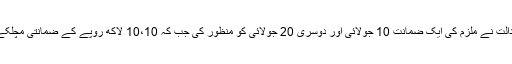
انسداد دہشت گردی کی عدالت نے ملزم کی ایک ضمانت 10 جولائی اور دوسری 20 جولائی کو منظور کی جب کہ 10،10 لاکھ روپے کے ضمانتی مچلکے جمع کرانے کا حکم دیا۔